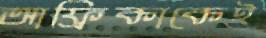
আফ্রিকাকেই